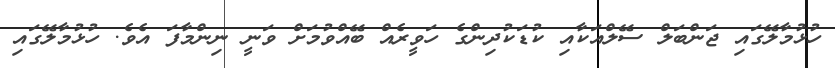
ހުޅުމާލޭގައި ޖަންބަލް ސޭލްއަކާއި ކުޑަކުދިންގެ ހަވީރެއް ބޭއްވުމަށް ވަނީ ނިންމާފަ އެވެ. ހުޅުމާލޭގައި